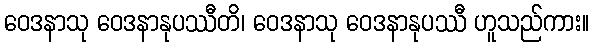
ဝေဒနာသု ဝေဒနာနုပဿီတိ၊ ဝေဒနာသု ဝေဒနာနုပဿီ ဟူသည်ကား။